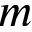
m